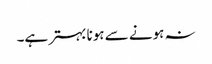
نہ ہونے سے ہونا بہتر ہے۔